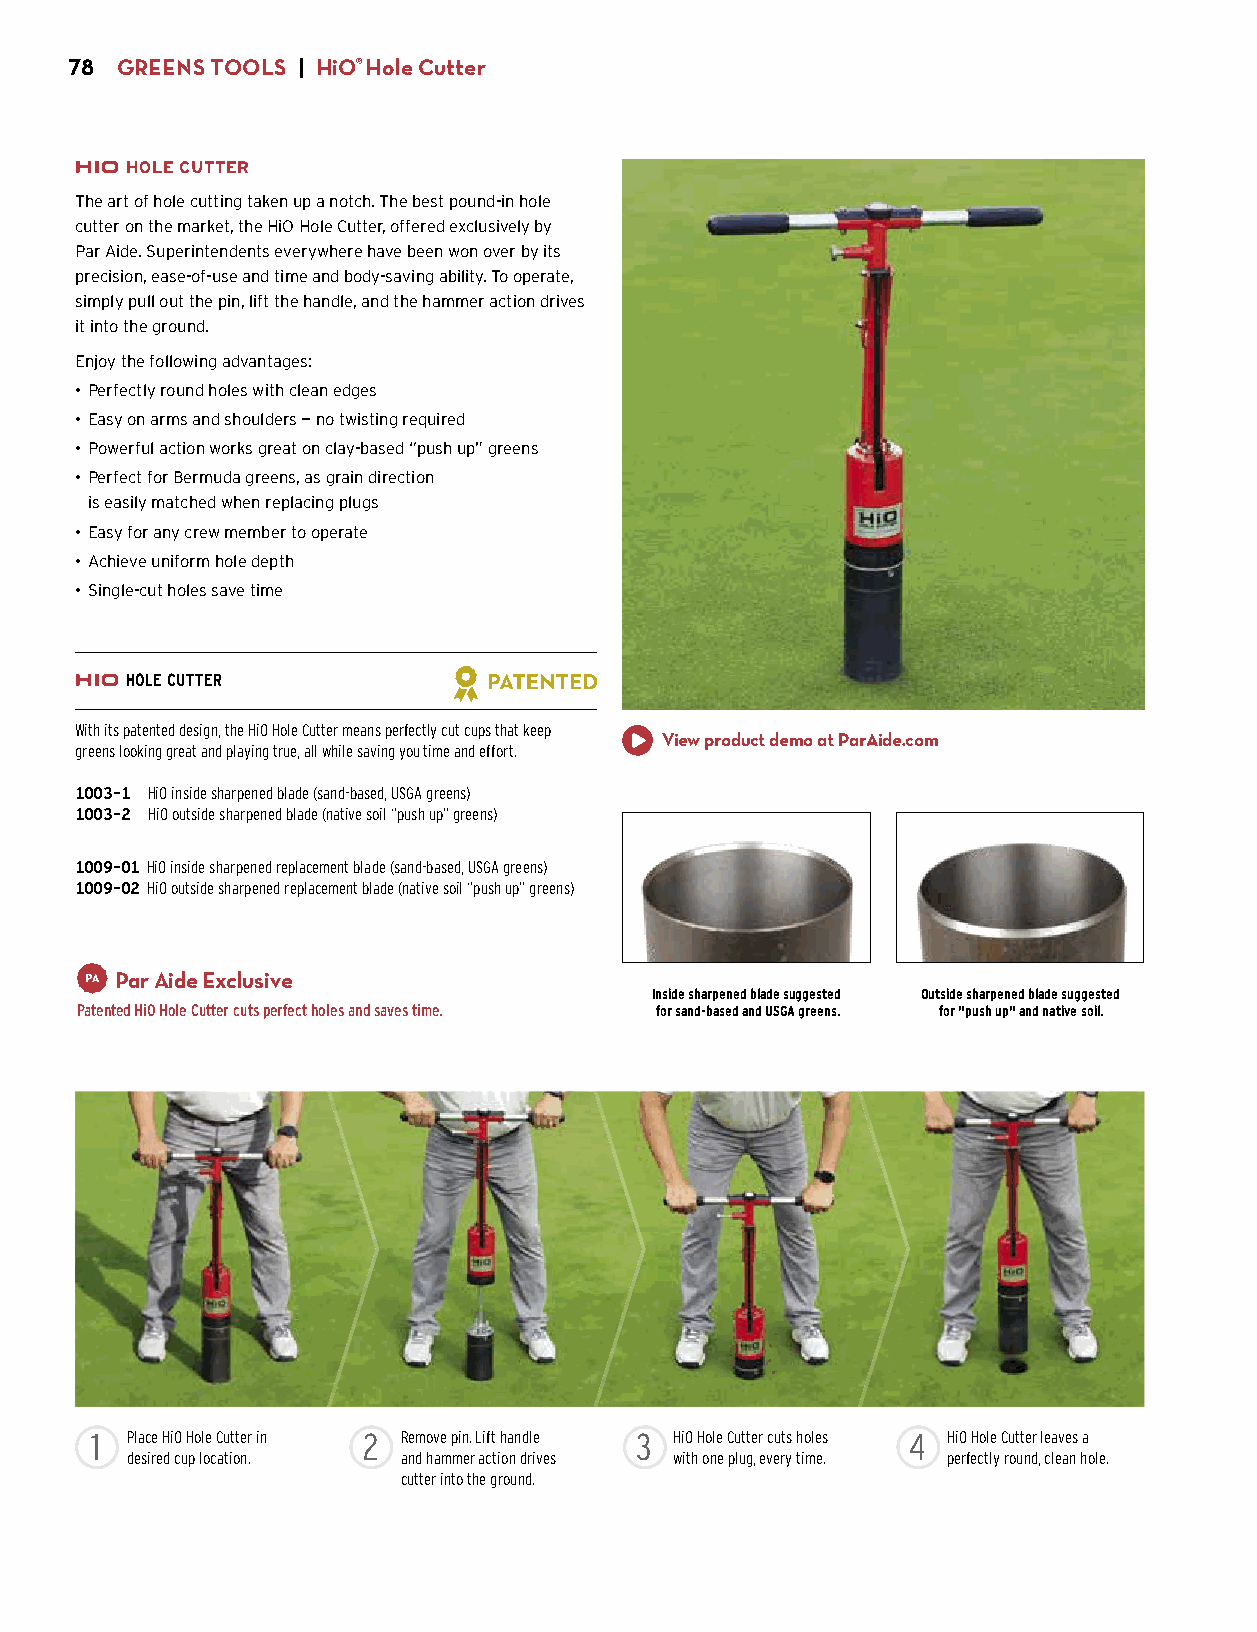
78 GREENS TOOLS | HiO® Hole Cutter
 HOLE CUTTER
 The art of hole cutting taken up a notch. The best pound-in hole
 cutter on the market, the HiO Hole Cutter, offered exclusively by
 Par Aide. Superintendents everywhere have been won over by its
 precision, ease-of-use and time and body-saving ability. To operate,
 simply pull out the pin, lift the handle, and the hammer action drives
 it into the ground.
 Enjoy the following advantages:
 • Perfectly round holes with clean edges
 • Easy on arms and shoulders — no twisting required
 • Powerful action works great on clay-based “push up” greens
 • Perfect for Bermuda greens, as grain direction
 is easily matched when replacing plugs
 • Easy for any crew member to operate
 • Achieve uniform hole depth
 • Single-cut holes save time
 HOLE CUTTER
 With its patented design, the HiO Hole Cutter means perfectly cut cups that keep
 View product demo at ParAide.com
 greens looking great and playing true, all while saving you time and effort.
 1003-1 HiO inside sharpened blade (sand-based, USGA greens)
 1003-2 HiO outside sharpened blade (native soil “push up” greens)
 $640.00
 1009-01 HiO inside sharpened replacement blade (sand-based, USGA greens)
 1009-02 HiO outside sharpened replacement blade (native soil “push up” greens)
 $115.00
 Par Aide Exclusive
 Inside sharpened blade suggested Outside sharpened blade suggested
 Patented HiO Hole Cutter cuts perfect holes and saves time. for sand-based and USGA greens. for "push up" and native soil.
 1 Place HiO Hole Cutter in 2 Remove pin. Lift handle 3 HiO Hole Cutter cuts holes 4 HiO Hole Cutter leaves a
 desired cup location. and hammer action drives with one plug, every time. perfectly round, clean hole.
 cutter into the ground.